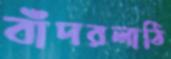
বাঁদরলাঠি